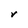
Character: r